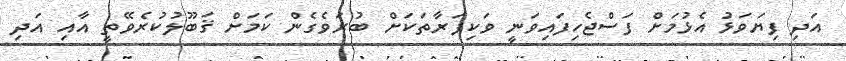
އަދި ފިޔަވަޅު އެޅުމަށް ފަސްޖެހިފައިވަނީ ވަކިފަރާތަކަށް ބުރަވެގެން ކަމަށް ޤަބޫލުކުރެވޭތީ އާއި އަދި